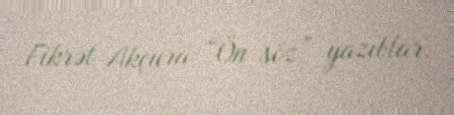
Fikrət Akçura “Ön söz” yazıblar.